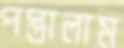
পস্তালাম